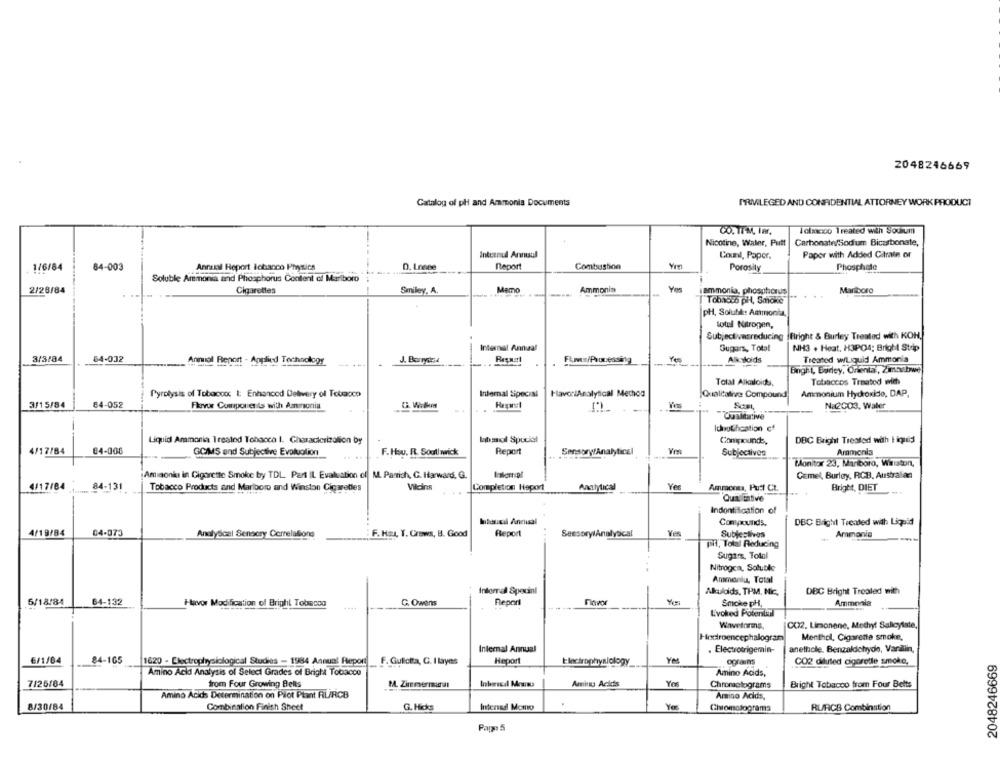
2048246669
Catalog of pl and Ammonia Documents
PRIVILEGED AND CONFIDENTIAL ATTORNEY WORK PRODUCT
CO. ITM, Imr.
Tolmacco Treated with Soulum
Nicotine, Water, Putt
Carbonate/Sodium Bicarbonate,
Inteenul Annual
Counl, Paper.
Paper with Added Citrate or
1/6/64
84-003
Anrasul Report Tobacco Physics
D. Lnone
Report
Combushon
Vin
Porosity
Phosphate
Solubile Ammonia and Phosphorus Content of Marlboro
2/28/84
Cigarettes
Smiley, A.
Memo
Ammonia
Yes
Mariboro
ammonia, phosphorus
Tobacco pH, Smoke
pH, Solubil: Ammonia
Lotul Nitrogen,
Subjectivesreducing (Bright & Burley Treated with KOH,
Internal Anaal
Sugars, Total
NH3 . Heat. H3PO4; Bright Stóp
3/3/84
54-032
Treated wiLiquid Ammonia
Anmol Report - Applied Technologr
J. Barrydea
FLwvs/Processing
Alkaloids
Bngit, Barley, Oriental, Zimbabwe
Total Alkaloids,
Tobaccos Treated with
Pyrolysis of Tobaoux 1: Enhanced Delivery of Touaocp
Internal Sipecial
FavoriAnalytical Method
Qualcative Compound
Ammonium Hydroxide, DAP.
3/15/84
84-052
Flavor Components with Aminoria
G. W.Im
Yes
Na2003, Water
"Cualtative
Ichrothcation of
Liquid Ammonia Treated Tobacca I. Characterization by
Ihmal Special
Compounds,
DBC Bright Treated with | iquid
84-008
F. Hou. R. South wick
Report
4/17/84
GC/MS and Subjective Evaluation
Sensory/Analytical
Subjectives
Ammonia
Monitor 23, Mariboro, Waston,
Amiaonkı in Cigarette Smoke by TDL Part IL Evaluation of M. Parich, G. Harward, G.
Cemel, Burley, RCB. Australan
4/17/84
84-131
Tobacco Products and Marlboro and Winston Cigarettes
Vilains
Completion Heport
Analytical
Yes
Ammont, Puff CL
Bright, DIET
Indontification of
Itenicil Annual
DBC Bright Treated with Liquid
4/19/84
04-073
F. Hoy, Y. Crews, B. Good
Report
Sensory Analytical
Subjesilves
Ammonia
Analyscel Sensory Correlationd
pil, Total Reducing
Sugars. Total
Nitrogca, Soluble
Ammonlu, Total
Inforral Special
Akulods, TPM, Nic,
DBC Bright Treated with
5/18/84
64-132
Havor Modification of Bright Tobacco
G. Owens
Report
Ammonia
Smoke pH,
Evoked Potential
Waveforms,
CO2, Limonene, Methyl Salicylate,
Hodtroencephalogram
Menthol, Cigarette smoke,
Internal Annual
. Electrotrigemin-
anethole. Benzaldehyde, Varalin,
6/1/04
84-105
1620 - Electrophysiological Studies - 1984 Annual Report
F. Gulicita, C. I layes
Heport
Electrophysiology_
ogfans
CO2 diluted cigarette smoke,
2048246669
Amino Acid Analysis of Select Grades of Bright Tobacco
Amino Acids,
7/25/84
from Four Growing Belts
M. Zimmermurat
Amino Acids
Chromelograms
Bright Tobacco from Four Belts
Amino Acids Determination on Pilot Plant RURCB
Amino Acids,
8/30/84
Combination Finish Sheet
G. Hicks
Intered Mono
Chromatograms
RURCB Combination
Page 5